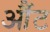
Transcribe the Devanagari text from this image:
औंट